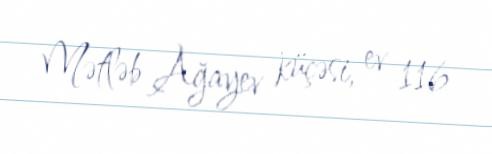
Mətləb Ağayev küçəsi, ev 116